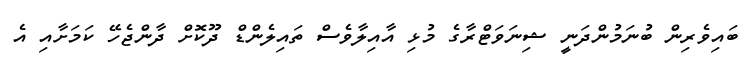
ބައިވެރިން ބުނަމުންދަނީ ޝިނަވަޓްރާގެ މުޅި އާއިލާވެސް ތައިލެންޑް ދޫކޮށް ދާންޖެހޭ ކަމަށާއި އެ